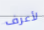
لأعرف